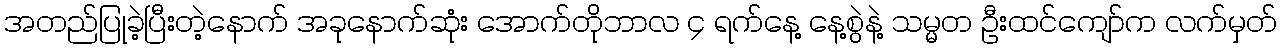
အတည်ပြုခဲ့ပြီးတဲ့နောက် အခုနောက်ဆုံး အောက်တိုဘာလ ၄ ရက်နေ့ နေ့စွဲနဲ့ သမ္မတ ဦးထင်ကျော်က လက်မှတ်